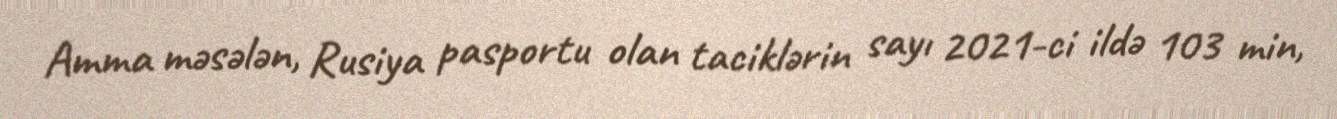
Amma məsələn, Rusiya pasportu olan taciklərin sayı 2021-ci ildə 103 min,